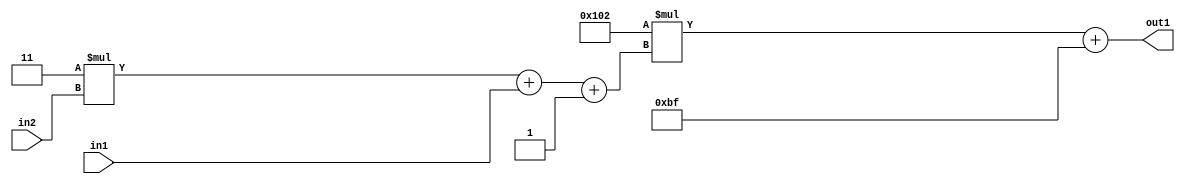
`timescale 1ps / 1ps
/*****************************************************************************
    Verilog RTL Description
    
    
    Created by: Stratus DpOpt 2019.1.01 
*******************************************************************************/

module DC_Filter_Add2i191Mul2i258Add3i1u1Mul2i3u2_4 (
	in2,
	in1,
	out1
	); /* architecture "behavioural" */ 
input [1:0] in2;
input  in1;
output [11:0] out1;
wire [11:0] asc001;
wire [3:0] asc002;

wire [3:0] asc002_tmp_0;
wire [3:0] asc002_tmp_1;
assign asc002_tmp_1 = 
	+(4'B0011 * in2);
assign asc002_tmp_0 = asc002_tmp_1
	+(in1);
assign asc002 = asc002_tmp_0
	+(4'B0001);

wire [11:0] asc001_tmp_2;
assign asc001_tmp_2 = 
	+(12'B000100000010 * asc002);
assign asc001 = asc001_tmp_2
	+(12'B000010111111);

assign out1 = asc001;
endmodule

/* CADENCE  vrP5TA8= : u9/ySgnWtBlWxVPRXgAZ4Og= ** DO NOT EDIT THIS LINE ******/